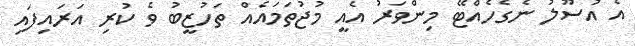
އެ އުސޫލު ނެގެހެއްޓޭ މިންވަރު އެއީ މުޖުތަމައެއް ތަހުޒީބު ވެ ކުރި އަރައިފައި